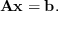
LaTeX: \mathbf { A x } = \mathbf { b } .